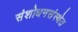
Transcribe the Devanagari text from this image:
संशोधनसंस्थेत